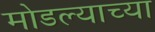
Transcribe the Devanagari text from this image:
मोडल्याच्या